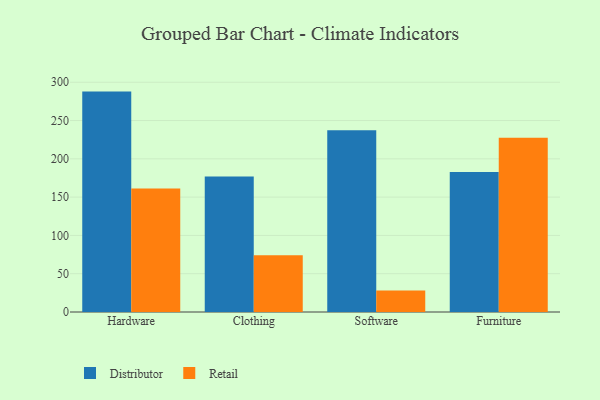
{"axis": {"x": "Category", "y": "Conversion Rate (%)"}, "legend": ["Distributor", "Retail"], "data": [{"x": "Hardware", "y": 287.8, "type": "Distributor"}, {"x": "Hardware", "y": 161.2, "type": "Retail"}, {"x": "Clothing", "y": 176.9, "type": "Distributor"}, {"x": "Clothing", "y": 74.2, "type": "Retail"}, {"x": "Software", "y": 237.4, "type": "Distributor"}, {"x": "Software", "y": 28.0, "type": "Retail"}, {"x": "Furniture", "y": 182.8, "type": "Distributor"}, {"x": "Furniture", "y": 227.4, "type": "Retail"}]}